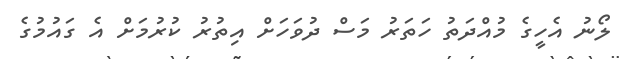
ލޯނު އެހީގެ މުއްދަތު ހަތަރު މަސް ދުވަހަށް އިތުރު ކުރުމަށް އެ ގައުމުގެ